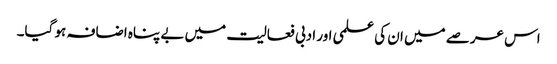
اس عرصے میں ان کی علمی اور ادبی فعالیت میں بے پناہ اضافہ ہو گیا۔